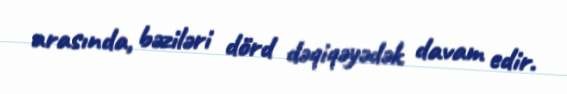
arasında, bəziləri dörd dəqiqəyədək davam edir.